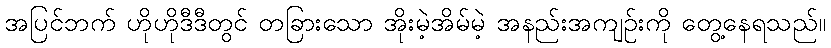
အပြင်ဘက် ဟိုဟိုဒီဒီတွင် တခြားသော အိုးမဲ့အိမ်မဲ့ အနည်းအကျဉ်းကို တွေ့နေရသည်။